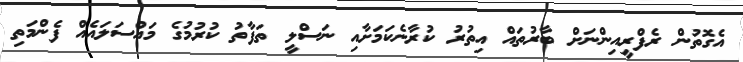
އެގޮތުން ރެފްރީއިންނަށް ބާރުތައް އިތުރު ކުރާނެކަމަށާއި ނަސްލީ ތަފާތު ކުރުމުގެ މައްސަލައެއް ފެންމަތި